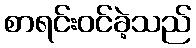
စာရင်းဝင်ခဲ့သည်